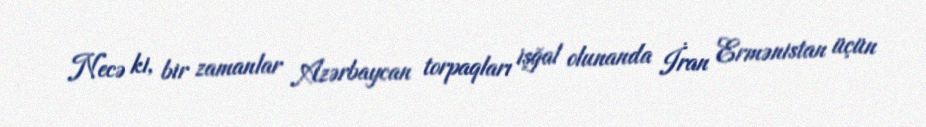
Necə ki, bir zamanlar Azərbaycan torpaqları işğal olunanda İran Ermənistan üçün